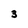
Character: 3